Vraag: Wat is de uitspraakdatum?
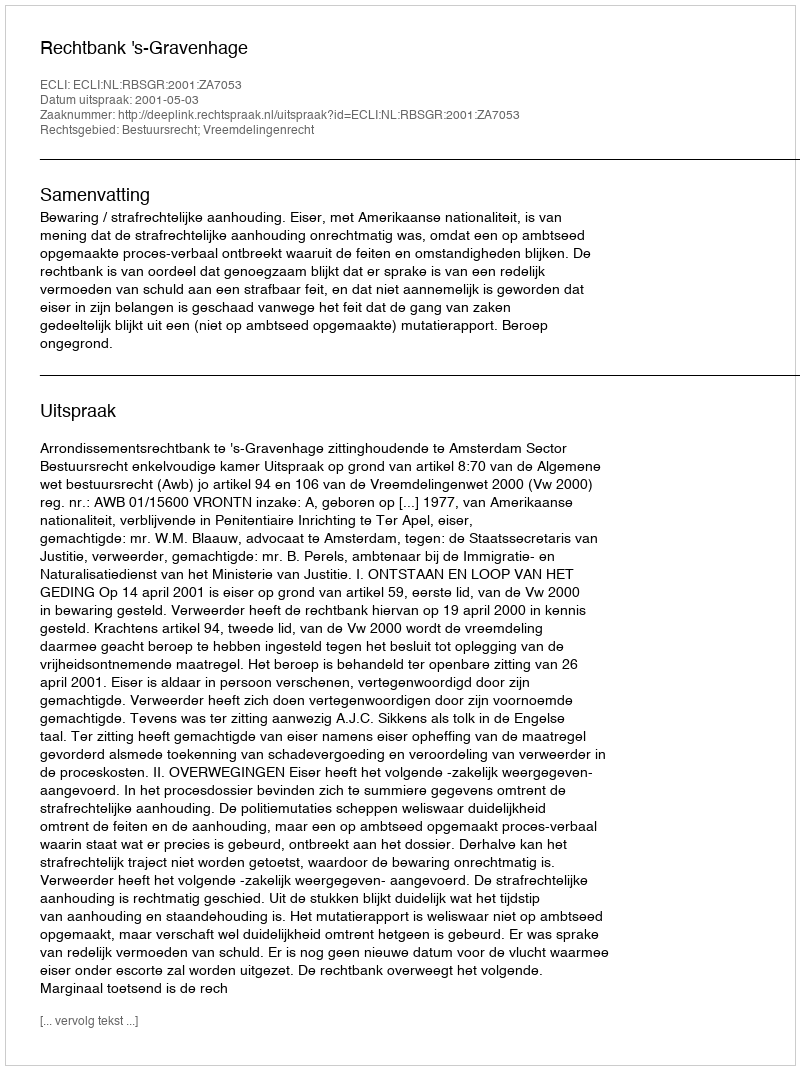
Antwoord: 2001-05-03